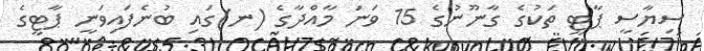
ސިޔާސީ ޕާޓީ ތަކުގެ ގާނޫނުގެ 15 ވަނަ މާއްދާގެ (ނ)ގައި ބުނެފައިވަނީ ޕާޓީގެ